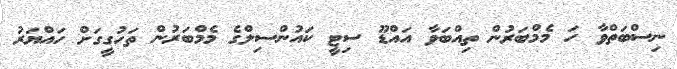
ނިސްބަތްވާ ހަ މެމްބަރުން ތިއްބަވާ އައްޑޫ ސިޓީ ކައުންސިލްގެ މެމްބަރުން ތަހުގީގަށް ހައްޔަރު